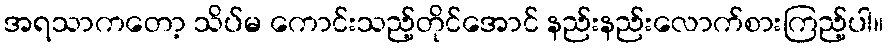
အရသာကတော့ သိပ်မ ကောင်းသည့်တိုင်အောင် နည်းနည်းလောက်စားကြည့်ပါ။